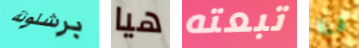
برشلونة هيا تبعته لهنا